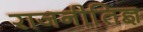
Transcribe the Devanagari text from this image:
राजनीति़ज्ञ